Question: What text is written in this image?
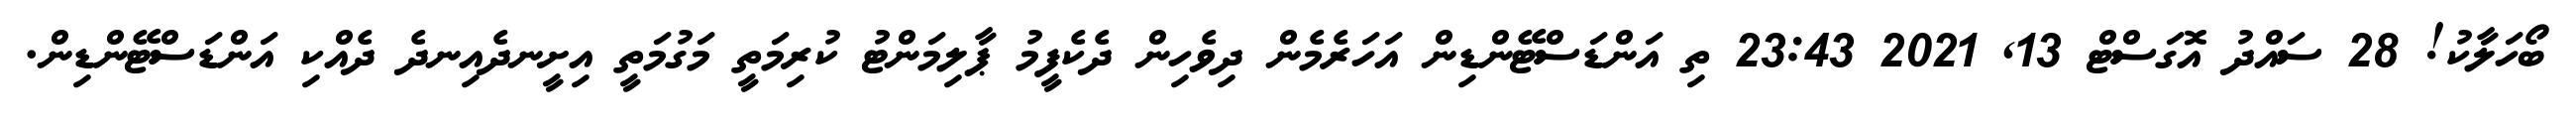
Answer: ބޯހަލާކު! 28 ސައްދު އޮގަސްޓް 13, 2021 23:43 ތި އަންޑަސްޓޭންޑިން އަހަރެމެން ދިވެހިން ދެކެފީމު ޕާލިމަންޓު ކުރިމަތީ މަގުމަތީ އިށީނދެއިނދެ ދެއްކި އަންޑަސްޓޭންޑިން.